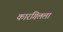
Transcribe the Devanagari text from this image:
कारगिलला